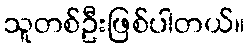
သူတစ်ဦးဖြစ်ပါတယ်။